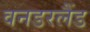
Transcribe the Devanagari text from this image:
वनडरलैंड